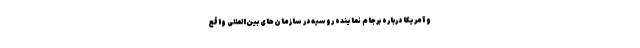
و آمریکا درباره برجام نماینده روسیه در سازمان‌های بین‌المللی واقع